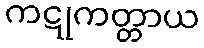
ကဋုကတ္တာယ